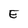
Character: E